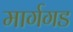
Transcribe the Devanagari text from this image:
मार्गगड